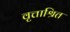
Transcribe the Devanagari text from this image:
वृत्ताश्रित